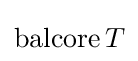
\operatorname {balcore} T